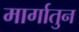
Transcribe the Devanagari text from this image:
मार्गातुन